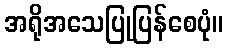
အရိုအသေပြုပြန်စေပုံ။